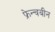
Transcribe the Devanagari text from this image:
फ्रेन्चबीन